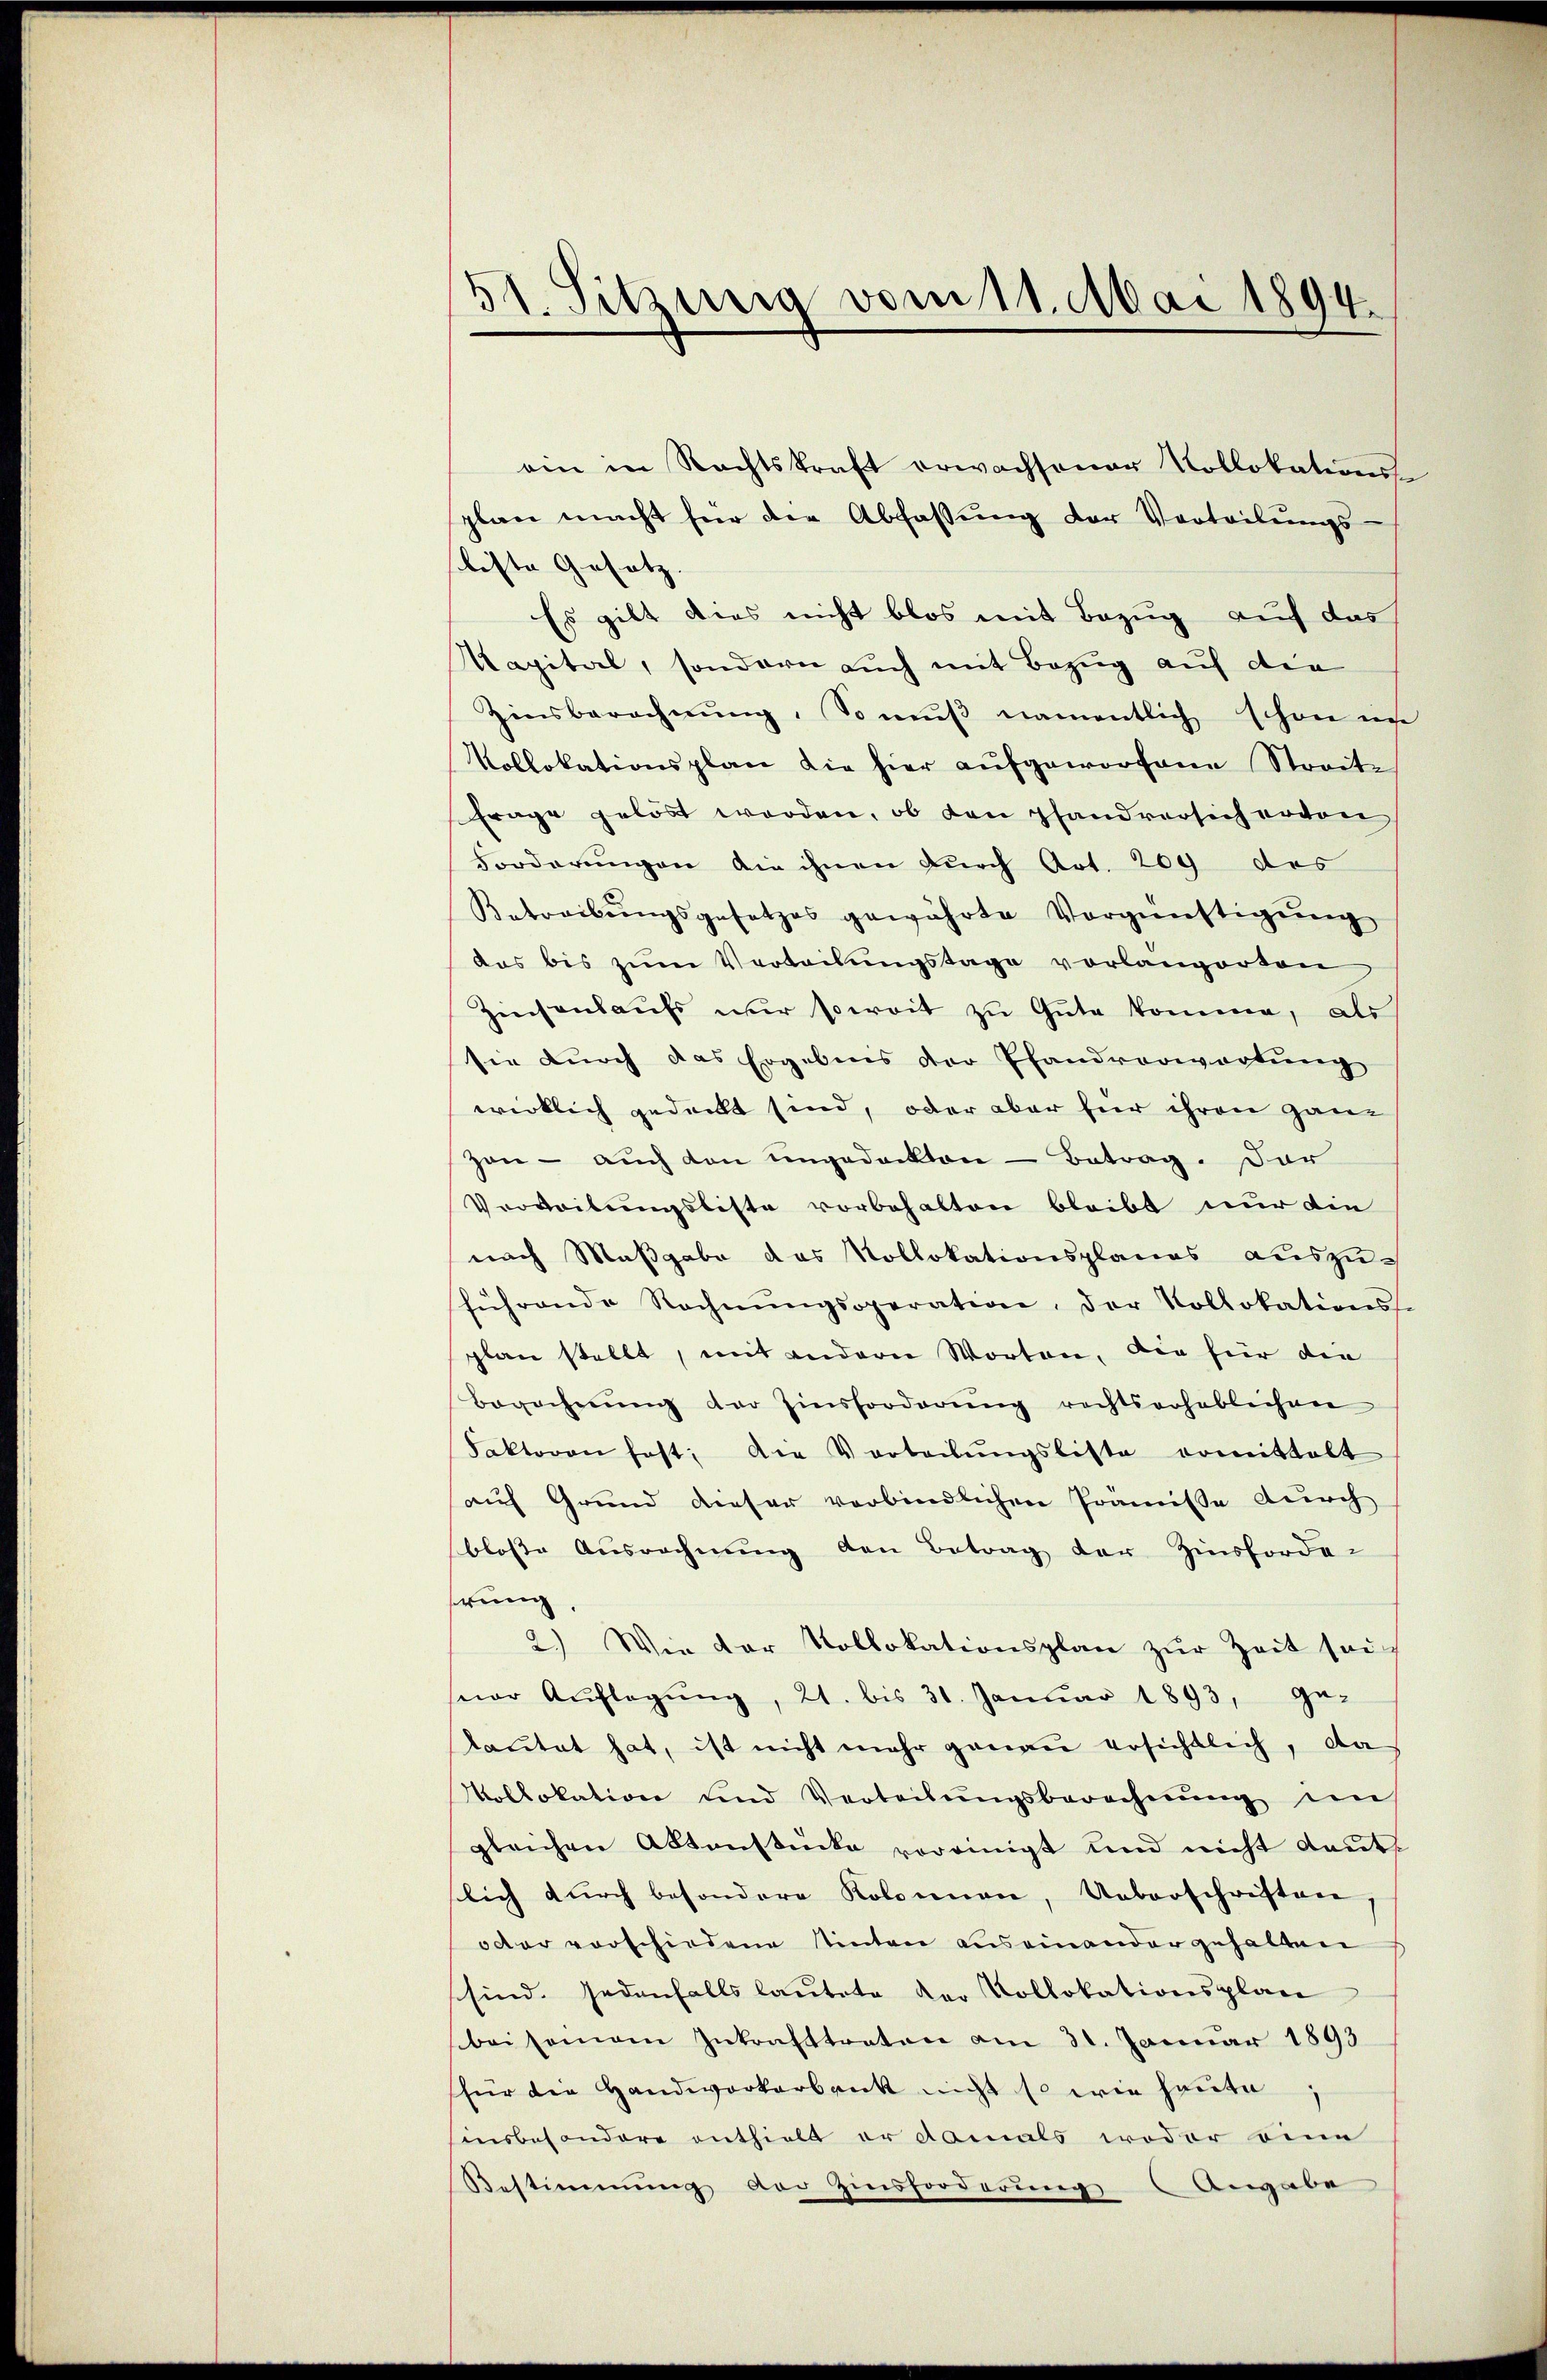
51. Sitzung vom 11. Mai 1894.

ein in Rechtskraft erwachsener Kollokations-
plan macht für die Abfassŭng der Verteilŭngs-
liste Gesetz |
Es gibt dies nicht blos mit Bezug auf das
Kapital, sondern auch mit Bezug auf die
Zinsberechnŭng. So mŭβ namentlich schon in
Kollokationsplan die hier aŭfgeworfene Streite
Frage gelöst worden, ob den pfandversich ervon
Forderungen die ihnen durch Art. 209 des
Betreibŭngsgesetzes gewährte Vergünstigŭng
das bis zŭm Vertretŭngstage vorlangerten
Zinsensaufs nur soweit zu Gute komme, als
sie durch das Ergebnis der Pfandvorwortŭng
wirklich gedeckt sind, oder aber für ihren ganz
zon - auch den ungedeckten - Betrag. Dar
Verbeitungsliste vorbehalten bleibt nur die
nach Maßgabe das Kollokationsplanes auszu-
führende Rechnŭngsoperation, der Kollokations-
plan stellt, mit andern Worten, die für die
Berechnŭng der Zinsforderŭng rechtserheblichen
Faktoren fest, die Vorteilŭngsliste ermittalt
auf Grund dieser verbindlichen Prämisse durch
blose Ausrechnung den Betrag der Zinsforder
erung
2.) Wie der Vollokationsplan zŭr Zeit sei
ear Aŭflegŭng, 21. bis 31. Janŭar 1893, Ge-
laŭtet hat, ist nicht mehr genaŭ ersichtlich, das
Mollokation und Verteilŭngsberechnŭng in
gleichen Aktenstücke voreinigt und nicht laut
lich durch besondere Kolonnen, Ueberschriften,
oder vorschiedene stimten auseinander gehalten
sind. jedenfalls lautete der Kollokationsplan
bei seinem Inkrafttreten am 31. Januar 1893
sfür die Handwerkerbank nicht so wie heute
insbesondere enthielt er damals weder eine
Bestimmung der Zinsforderung Angabe